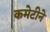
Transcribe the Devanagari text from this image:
कमेटीने